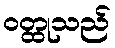
ဝတ္ထုသည်